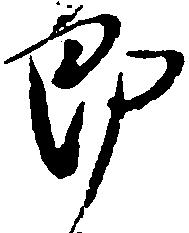
郎